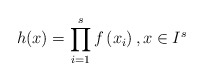
\begin{align*}h(x) = \prod_{i = 1}^{s} f\left(x_{i}\right), x \in I^{s}\end{align*}